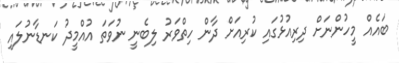
ބައެއް މީހުންނަށް ދިރިއުޅުގައި ކުރިއަށް ދާން ހިތްވަރު ލިބެނީ ނުވަތަ އުއްމީދު ކަނޑާނުލައި